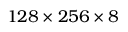
1 2 8 \times 2 5 6 \times 8